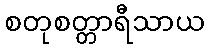
စတုစတ္တာရီသာယ